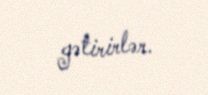
gətirirlər.